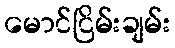
မောင်ငြိမ်းချမ်း